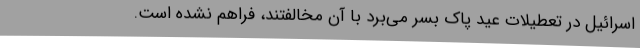
اسرائیل در تعطیلات عید پاک بسر می‌برد با آن مخالفتند، فراهم نشده است.